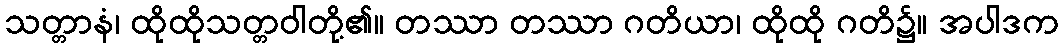
သတ္တာနံ၊ ထိုထိုသတ္တဝါတို့၏။ တဿာ တဿာ ဂတိယာ၊ ထိုထို ဂတိ၌။ အပါဒက